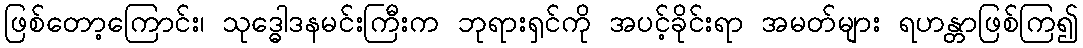
ဖြစ်တော့ကြောင်း၊ သုဒ္ဓေါဒနမင်းကြီးက ဘုရားရှင်ကို အပင့်ခိုင်းရာ အမတ်များ ရဟန္တာဖြစ်ကြ၍